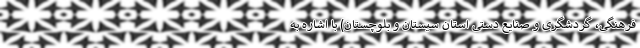
فرهنگی، گردشگری و صنایع دستی استان سیستان و بلوچستان) با اشاره به